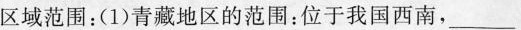
区域范围：(1)青藏地区的范围：位于我国西南，___